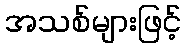
အသစ်များဖြင့်